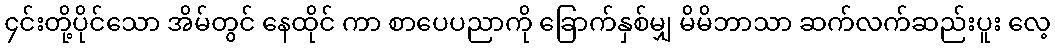
၄င်းတို့ပိုင်သော အိမ်တွင် နေထိုင် ကာ စာပေပညာကို ခြောက်နှစ်မျှ မိမိဘာသာ ဆက်လက်ဆည်းပူး လေ့